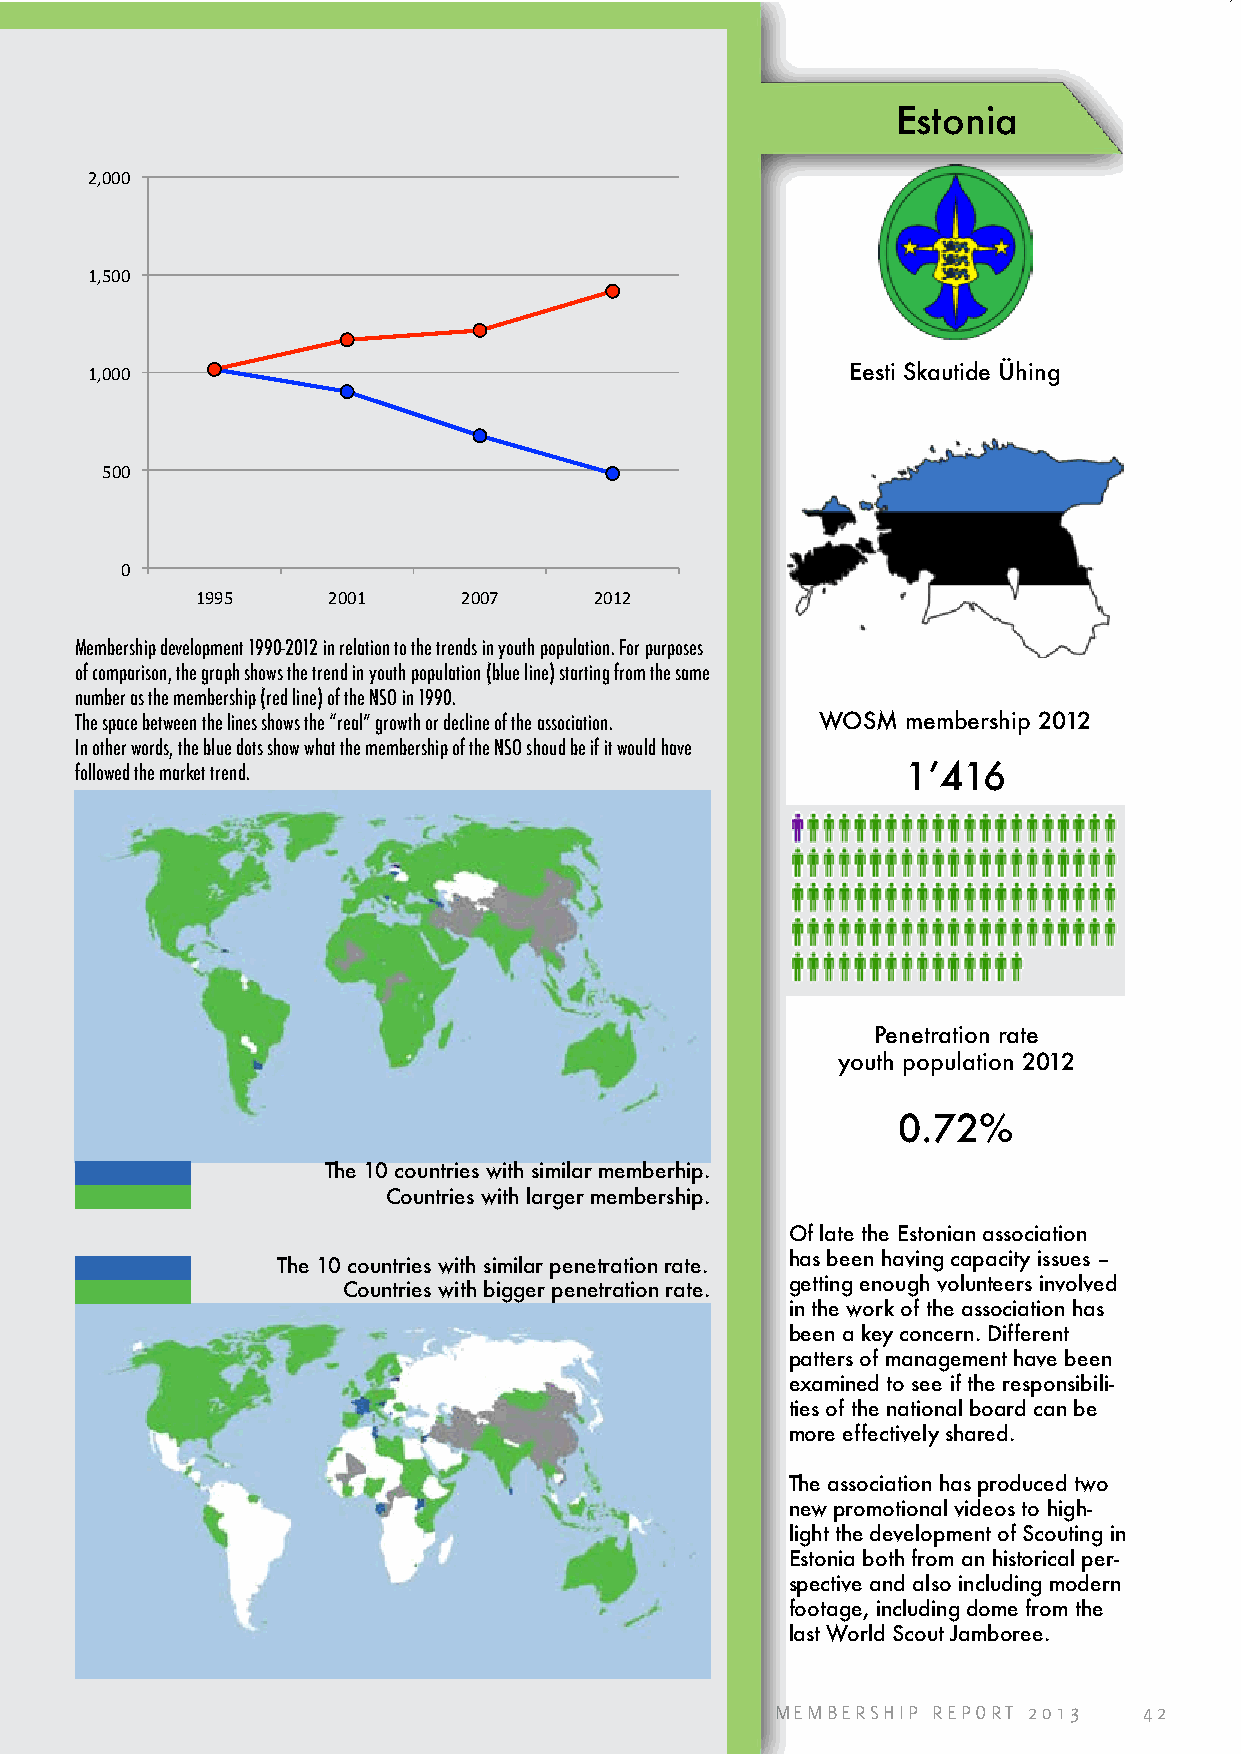
Estonia
 2,000
 1,500
 1,000                                             Eesti Skautide Ühing
 500
 0
 1995     2001     2007    2012
 Membership development 1990-2012 in relation to the trends in youth population. For purposes
 of comparison, the graph shows the trend in youth population (blue line) starting from the same
 number as the membership (red line) of the NSO in 1990.
 The space between the lines shows the “real” growth or decline of the association. WOSM membership 2012
 In other words, the blue dots show what the membership of the NSO shoud be if it would have
 followed the market trend.                             1’416
 Penetration rate
 youth population 2012
 0.72%
 The 10 countries with similar memberhip.
 Countries with larger membership.
 Of late the Estonian association
 has been having capacity issues –
 The 10 countries with similar penetration rate.
 getting enough volunteers involved
 Countries with bigger penetration rate.
 in the work of the association has
 been a key concern. Different
 patters of management have been
 examined to see if the responsibili-
 ties of the national board can be
 more effectively shared.
 The association has produced two
 new promotional videos to high-
 light the development of Scouting in
 Estonia both from an historical per-
 spective and also including modern
 footage, including dome from the
 last World Scout Jamboree.
 MEMBERSHIP REPORT 2013   42